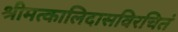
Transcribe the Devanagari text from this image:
श्रीमत्कालिदासविरचितं